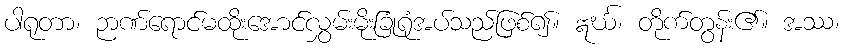
ပါရုတာ၊ ဉာဏ်ရောင်မထိုးအောင်လွှမ်းမိုးခြုံရုံအပ်သည်ဖြစ်၍။ ဣင်္ဃ၊ တိုက်တွန်း၏။ အဿ၊